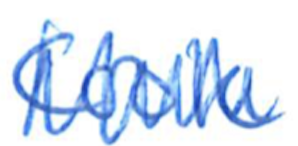
Text: Cook
Cross-out: zig-zag
Writing tool: ballpoint